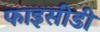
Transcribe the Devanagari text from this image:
फाइसीडी